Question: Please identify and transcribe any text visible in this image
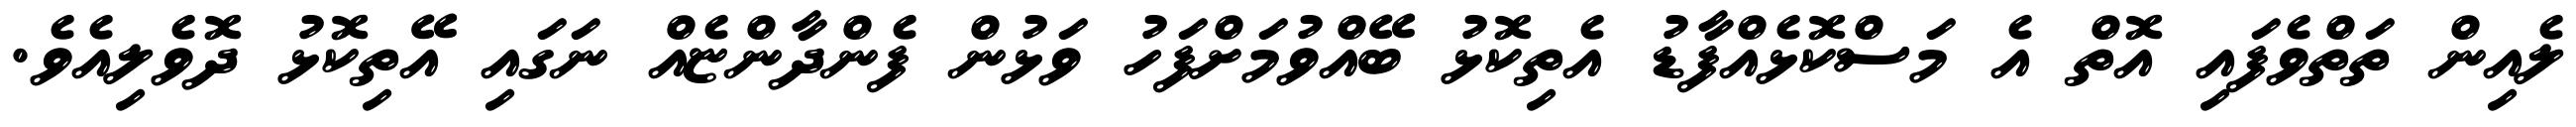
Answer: ލެއިން ތަތްވެފައި އޮތް އެ މަސްކޮޅެއްފާޑު އެތިކޮޅު ބޭއްވުމަށްފަހު ވަޅުން ފެންދާންޏެއް ނަގައި އޭތިކޮޅު ދޮވެލިއެވެ.